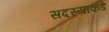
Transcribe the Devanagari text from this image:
सदस्याकडे